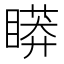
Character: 䁳